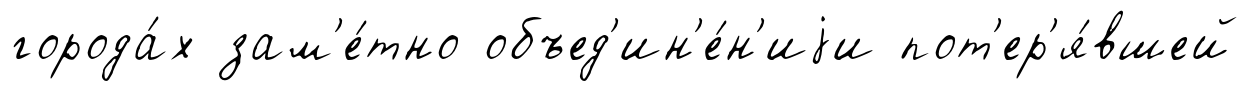
города́х зам'е́тно объед'ин'е́н'иjи пот'ер'я́вшей